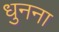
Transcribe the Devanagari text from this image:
धुनना